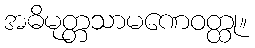
အဓိမုတ္တသာမဏေဝတ္ထု။